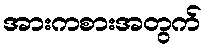
အားကစားအတွက်